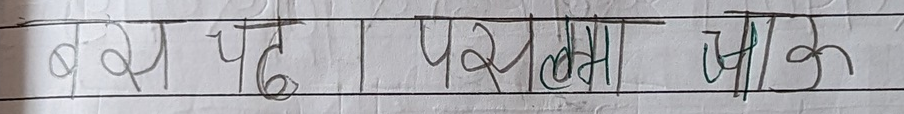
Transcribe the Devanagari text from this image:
बस पढ। परिक्रमा जाऊ।